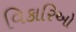
વિકારિઓ